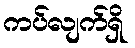
ကပ်လျက်ရှိ